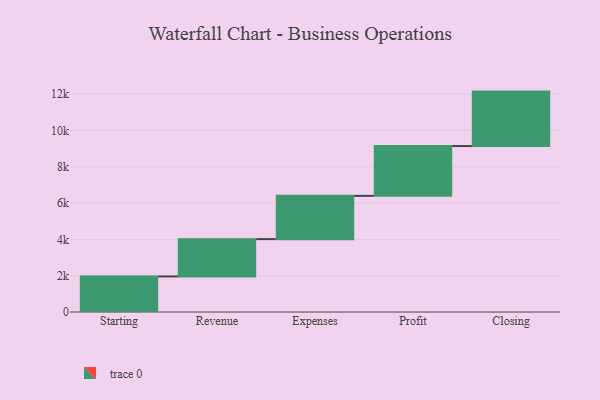
{"axis": {"x": "Step", "y": "Value"}, "legend": [""], "data": [{"x": "Starting", "y": 1958.0, "type": ""}, {"x": "Revenue", "y": 2056.0, "type": ""}, {"x": "Expenses", "y": 2383.0, "type": ""}, {"x": "Profit", "y": 2744.0, "type": ""}, {"x": "Closing", "y": 3000, "type": ""}]}